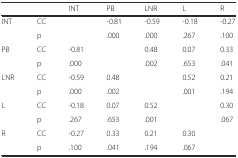
<table><thead><tr><td colspan="2"></td><td><b>INT</b></td><td><b>PB</b></td><td><b>LNR</b></td><td><b>L</b></td><td><b>R</b></td></tr></thead><tbody><tr><td rowspan="2">INT</td><td>CC</td><td></td><td>-0.81</td><td>-0.59</td><td>-0.18</td><td>-0.27</td></tr><tr><td>p</td><td></td><td>.000</td><td>.000</td><td>.267</td><td>.100</td></tr><tr><td rowspan="2">PB</td><td>CC</td><td>-0.81</td><td></td><td>0.48</td><td>0.07</td><td>0.33</td></tr><tr><td>p</td><td>.000</td><td></td><td>.002</td><td>.653</td><td>.041</td></tr><tr><td rowspan="2">LNR</td><td>CC</td><td>-0.59</td><td>0.48</td><td></td><td>0.52</td><td>0.21</td></tr><tr><td>p</td><td>.000</td><td>.002</td><td></td><td>.001</td><td>.194</td></tr><tr><td rowspan="2">L</td><td>CC</td><td>-0.18</td><td>0.07</td><td>0.52</td><td></td><td>0.30</td></tr><tr><td>p</td><td>.267</td><td>.653</td><td>.001</td><td></td><td>.067</td></tr><tr><td rowspan="2">R</td><td>CC</td><td>-0.27</td><td>0.33</td><td>0.21</td><td>0.30</td><td></td></tr><tr><td>p</td><td>.100</td><td>.041</td><td>.194</td><td>.067</td><td></td></tr></tbody></table>